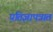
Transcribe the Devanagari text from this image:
प्रतिज्ञापत्रात